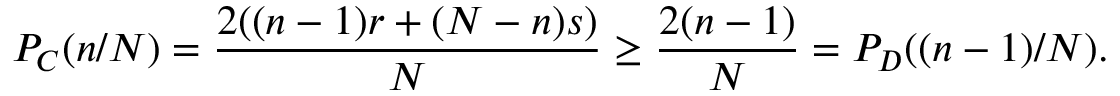
P _ { C } ( n / N ) = \frac { 2 ( ( n - 1 ) r + ( N - n ) s ) } { N } \geq \frac { 2 ( n - 1 ) } { N } = P _ { D } ( ( n - 1 ) / N ) .